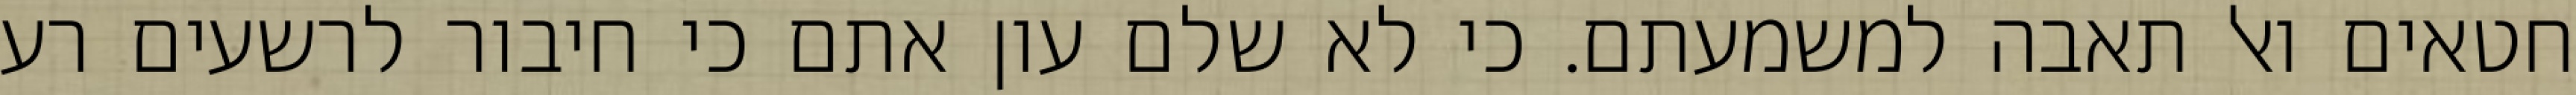
חטאים ואל תאבה למשמעתם. כי לא שלם עון אתם כי חיבור לרשעים רע